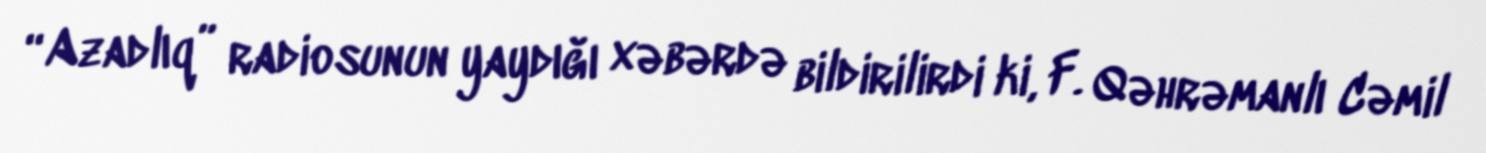
“Azadlıq” radiosunun yaydığı xəbərdə bildirilirdi ki, F. Qəhrəmanlı Cəmil